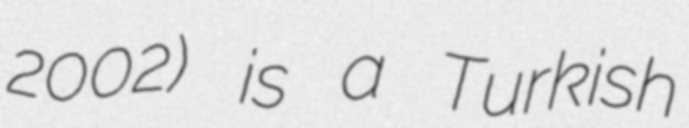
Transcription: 2002) is a Turkish